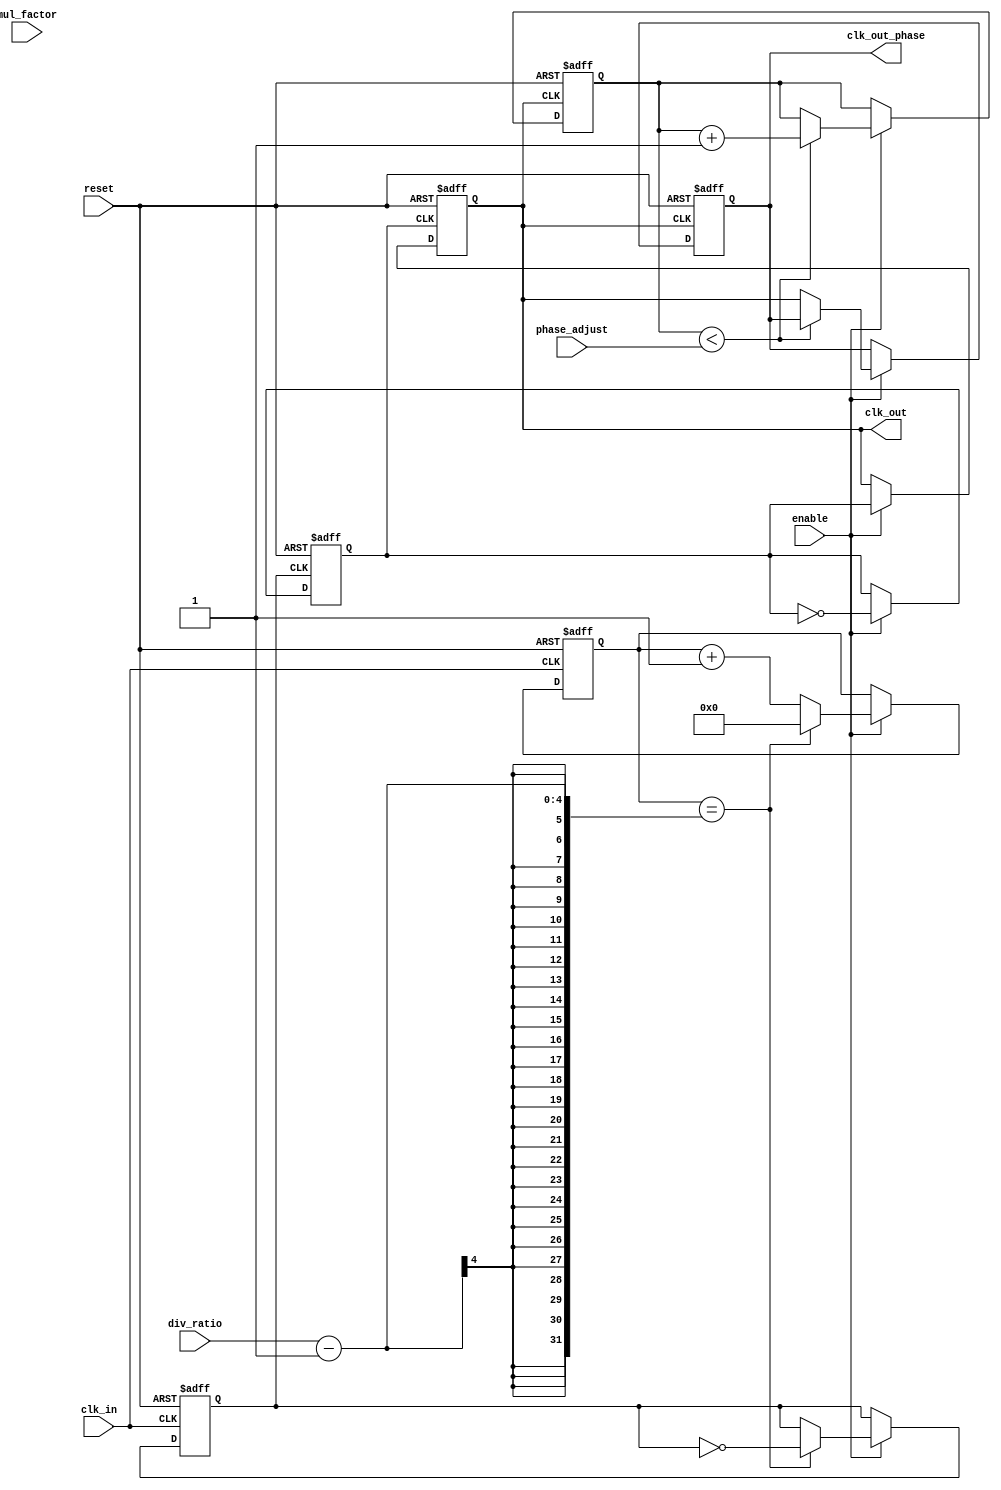
module ProgrammableClockBuffer (
    input wire clk_in,                // Input clock signal
    input wire [3:0] div_ratio,       // Division ratio (for frequency division)
    input wire [3:0] mul_factor,      // Multiplication factor (for frequency multiplication)
    input wire [3:0] phase_adjust,     // Phase adjustment value
    input wire enable,                // Enable signal
    input wire reset,                 // Reset signal
    output reg clk_out,               // Output clock signal
    output reg clk_out_phase          // Output clock with phase adjustment
);

    reg [3:0] counter;                // Counter for frequency division
    reg [3:0] phase_counter;          // Counter for phase adjustment
    reg clk_div;                      // Divided clock signal
    reg clk_mul;                      // Multiplied clock signal

    // Frequency Division Logic
    always @(posedge clk_in or posedge reset) begin
        if (reset) begin
            counter <= 0;
            clk_div <= 0;
        end else if (enable) begin
            if (counter == (div_ratio - 1)) begin
                clk_div <= ~clk_div; // Toggle divided clock
                counter <= 0;        // Reset counter
            end else begin
                counter <= counter + 1; // Increment counter
            end
        end
    end

    // Frequency Multiplication Logic
    always @(posedge clk_div or posedge reset) begin
        if (reset) begin
            clk_mul <= 0; // Reset multiplied clock
        end else if (enable) begin
            clk_mul <= ~clk_mul; // Toggle multiplied clock
        end
    end

    // Output Clock Selection
    always @(posedge clk_mul or posedge reset) begin
        if (reset) begin
            clk_out <= 0; // Reset output clock
        end else if (enable) begin
            clk_out <= clk_mul; // Output the multiplied clock
        end
    end

    // Phase Adjustment Logic
    always @(posedge clk_out or posedge reset) begin
        if (reset) begin
            phase_counter <= 0;
            clk_out_phase <= 0; // Reset phase adjusted clock
        end else if (enable) begin
            if (phase_counter < phase_adjust) begin
                phase_counter <= phase_counter + 1; // Increment phase counter
            end else begin
                clk_out_phase <= clk_out; // Output the clock with phase adjustment
            end
        end
    end

endmodule